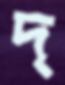
দ্